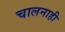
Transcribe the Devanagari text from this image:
चालनाही